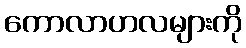
ကောလာဟလများကို